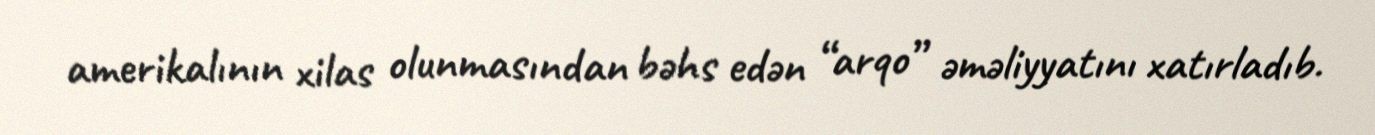
amerikalının xilas olunmasından bəhs edən “arqo” əməliyyatını xatırladıb.